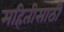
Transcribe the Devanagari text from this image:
महितीसाठी